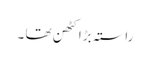
راستہ بڑا کٹھن تھا ۔